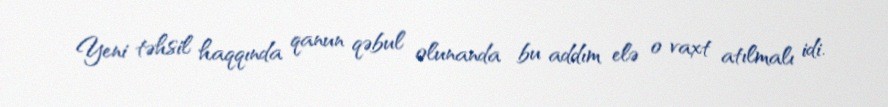
Yeni təhsil haqqında qanun qəbul olunanda bu addım elə o vaxt atılmalı idi.